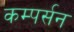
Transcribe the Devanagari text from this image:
कम्पर्सन